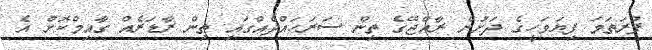
ފުރަތަމަ ފިޔަވަހީގެ ދަށުން ރާއްޖޭގެ ތިން ސަރަހައްދެއްގައި ތިން ރާޑަރެއް ގާއިމްކޮށް އެ